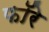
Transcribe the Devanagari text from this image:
फॉरे